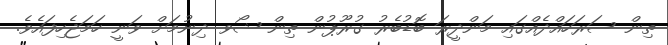
ތިން ސަރަހައްދެއްގައި މަންދީރަ ބޮޑުބެރު ގުރޫޕުން ތިން ޝޯވ ދިނުމަށް ވަނީ ހަމަޖެހިފައެވެ.